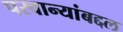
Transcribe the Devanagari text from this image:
परवान्यांबद्दल